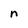
Character: n